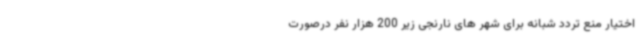
اختیار منع تردد شبانه برای شهر های نارنجی زیر 200 هزار نفر درصورت